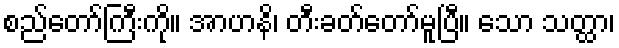
စည်တော်ကြီးကို။ အာဟနိ၊ တီးခတ်တော်မူပြီ။ သော သတ္ထာ၊